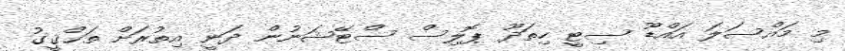
މި މައްސަލަ އައްޑޫ ސިޓީ ހިތަދޫ ޕޮލިސް ސްޓޭޝަނުން ދަނީ އިތުރަށް ތަޙްޤީގު